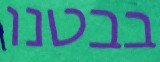
בבטנו